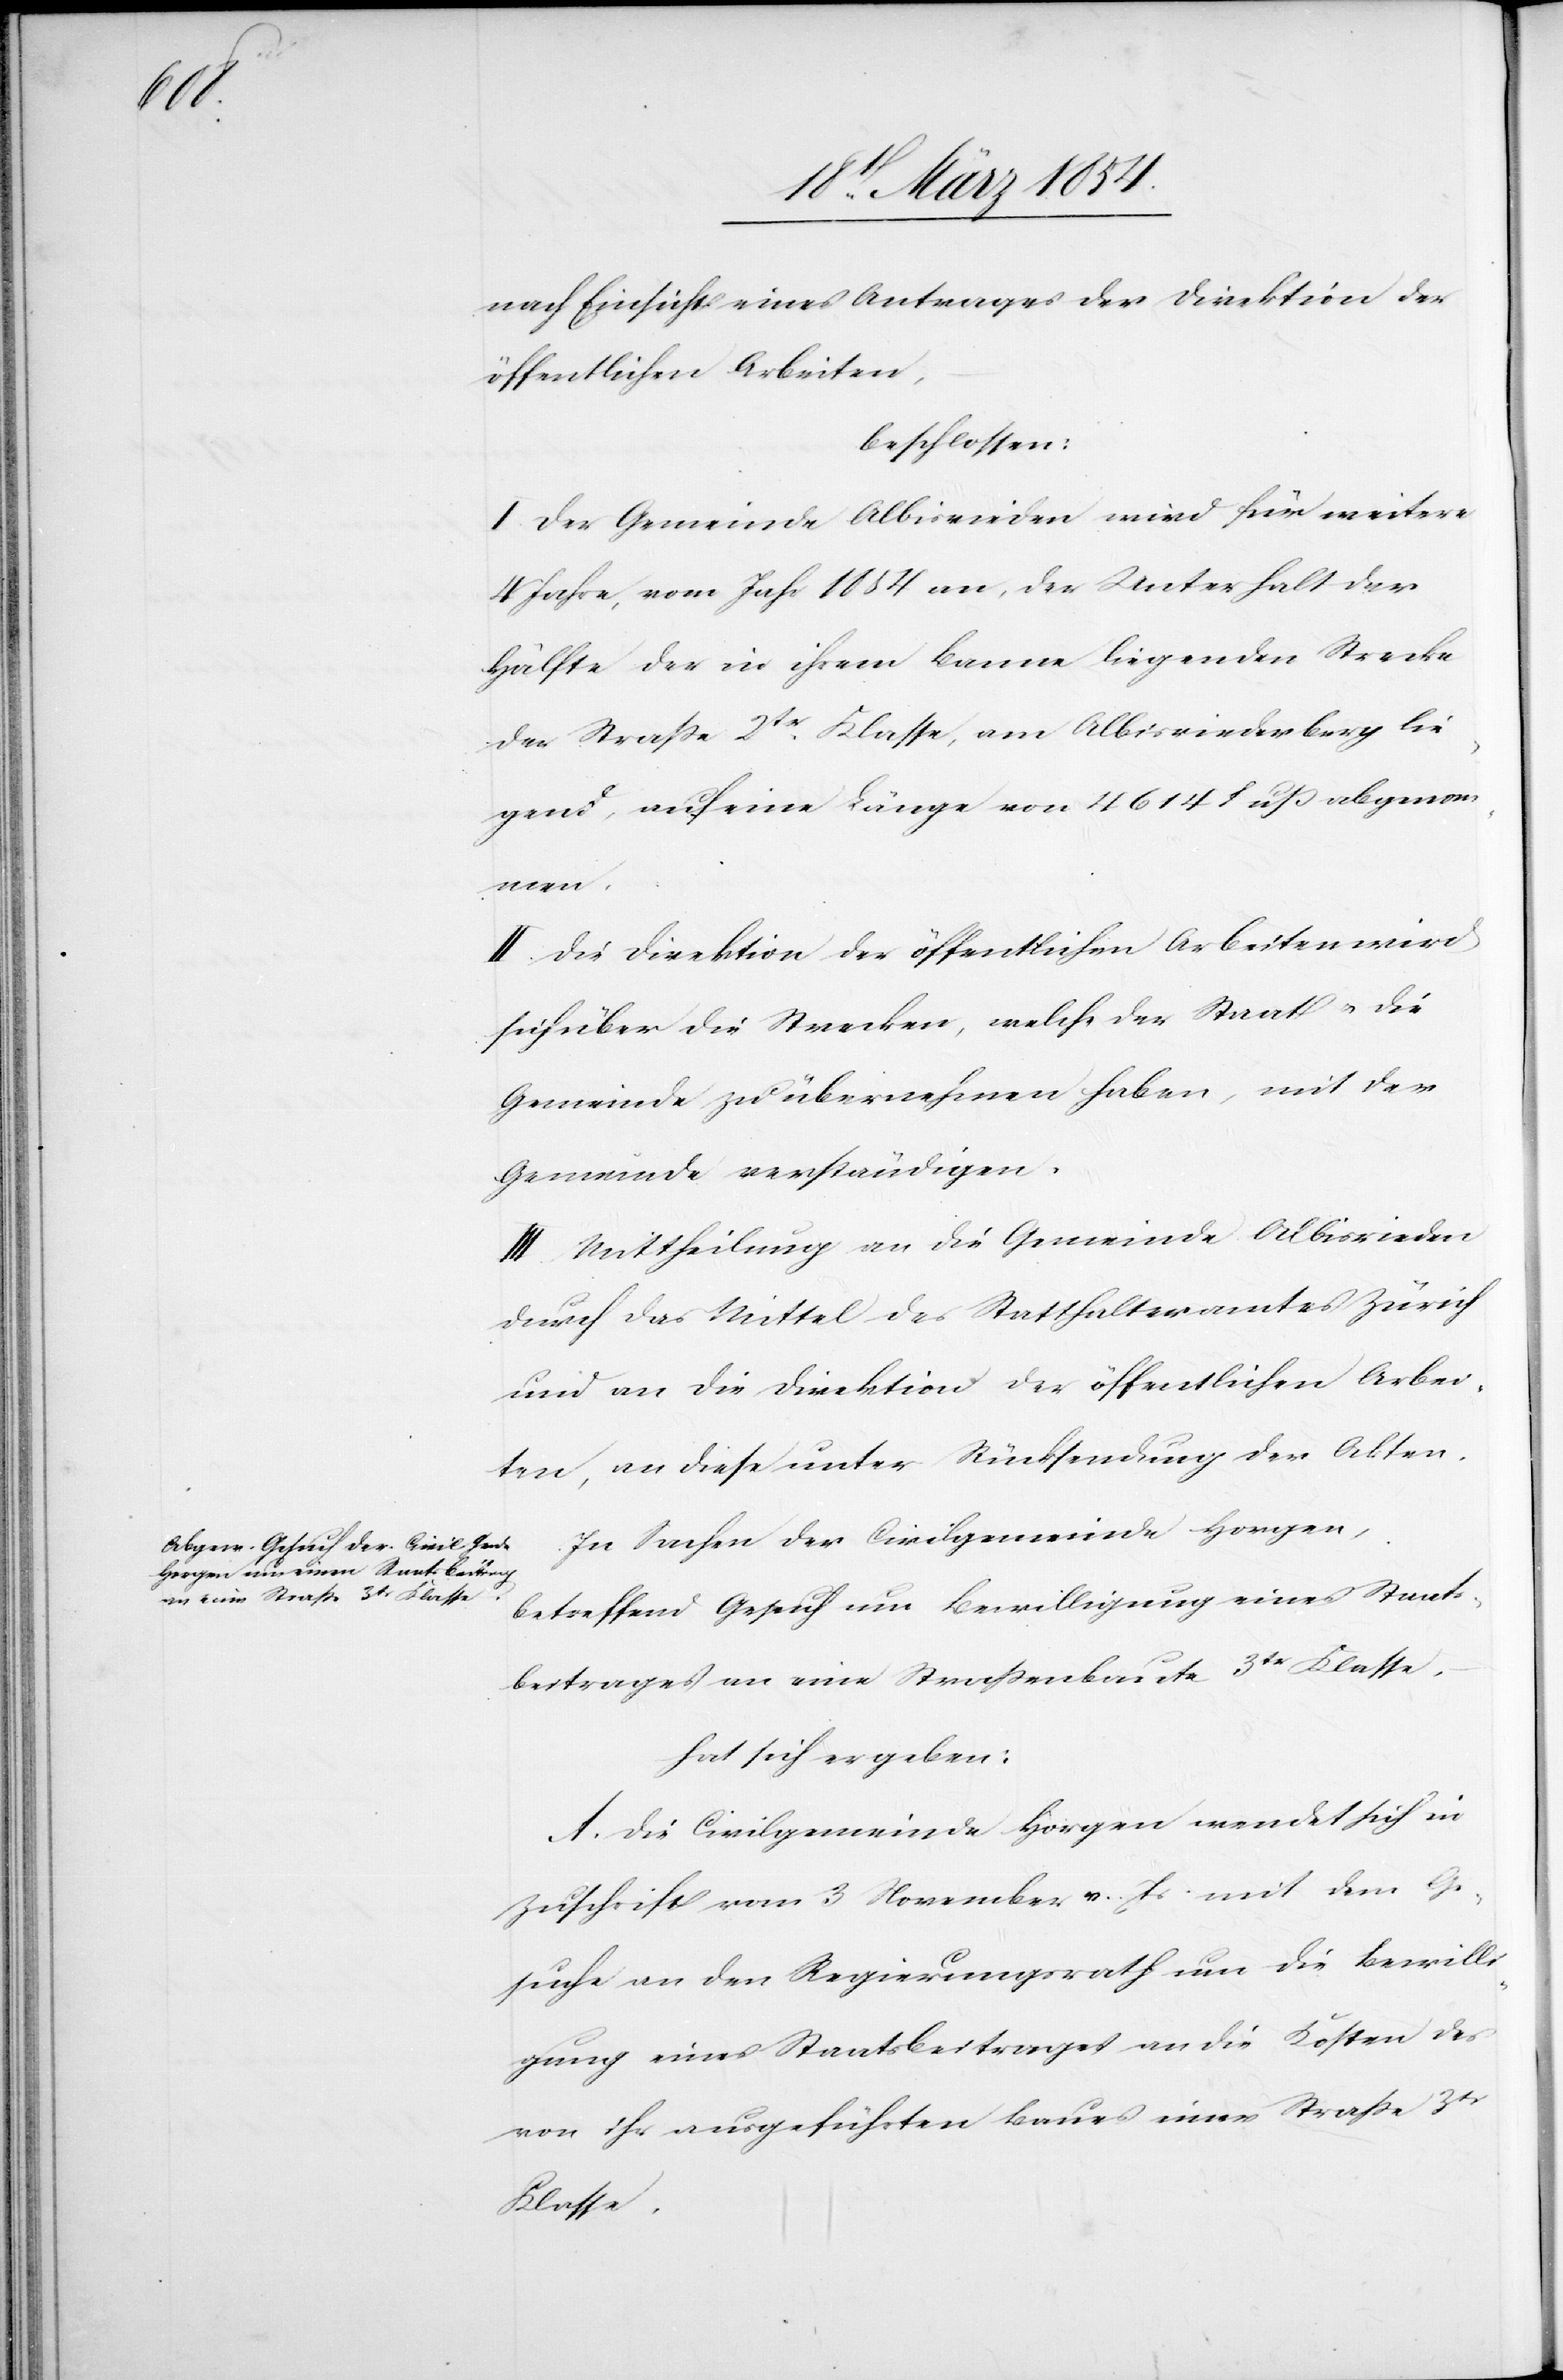
nach Einsicht eines Antrages der Direktion der
öffentlichen Arbeiten,
beschlossen:
I. Der Gemeinde Albisrieden wird für weitere
4 Jahre, vom Jahr 1854 an, der Unterhalt der
Hälfte der in ihrem Banne liegenden Strecke
der Straße 2tr Klasse, am Albisriederberg lie¬
gend, auf eine Länge von 4614 Fuß abgenom¬
men.
II. Die Direktion der öffentlichen Arbeiten wird
sich über die Strecken, welche der Staat u. die
Gemeinde zu übernehmen haben, mit der
Gemeinde verständigen.
III. Mittheilung an die Gemeinde Albisrieden
durch das Mittel des Statthalteramtes Zürich
und an die Direktion der öffentlichen Arbei¬
ten, an diese unter Rücksendung der Akten.